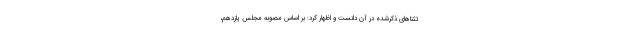
تثناهای ذکرشده در آن دانست و اظهار کرد: بر اساس مصوبه مجلس یازدهم،